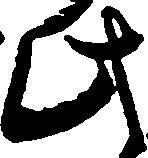
此